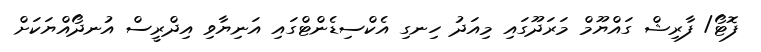
ފޮޓޯ/ ފާރިޝް ގައްޔޫމް މަރަދޫގައި މިއަދު ހިނގި އެކްސިޑެންޓްގައި އަނިޔާވި އިދްރީސް އުނދޯއްޔަކަށް